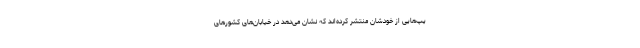
یپ‌هایی از خودشان منتشر کرده‌اند که نشان می‌دهد در خیابان‌های کشورهای